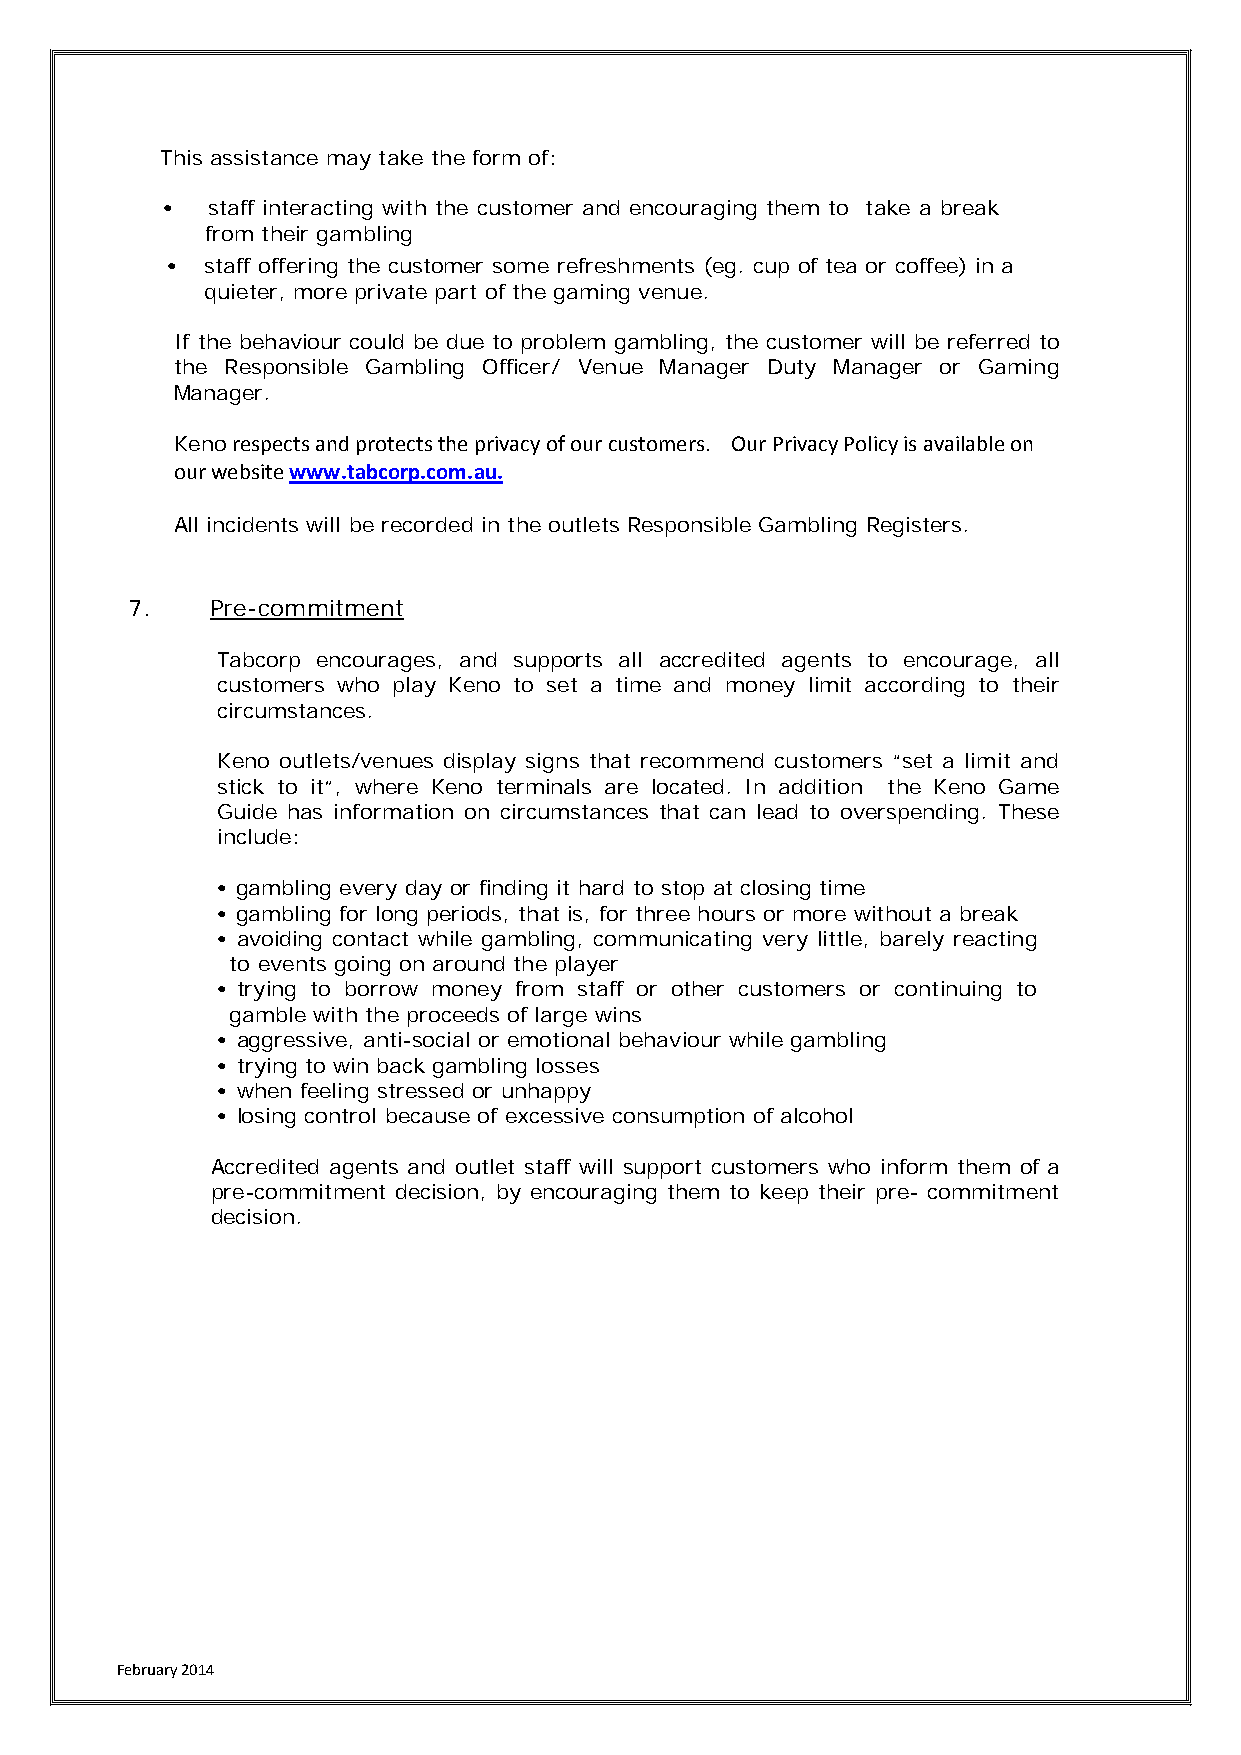
This assistance may take the form of:
 •  staff interacting with the customer and encouraging them to take a break
 from their gambling
 •  staff offering the customer some refreshments (eg. cup of tea or coffee) in a
 quieter, more private part of the gaming venue.
 If the behaviour could be due to problem gambling, the customer will be referred to
 the Responsible Gambling Officer/ Venue Manager Duty Manager or Gaming
 Manager.
 Keno respects and protects the privacy of our customers. Our Privacy Policy is available on
 our website www.tabcorp.com.au.
 All incidents will be recorded in the outlets Responsible Gambling Registers.
 7.    Pre-commitment
 Tabcorp encourages, and supports all accredited agents to encourage, all
 customers who play Keno to set a time and money limit according to their
 circumstances.
 Keno outlets/venues display signs that recommend customers “set a limit and
 stick to it”, where Keno terminals are located. In addition the Keno Game
 Guide has information on circumstances that can lead to overspending. These
 include:
 • gambling every day or finding it hard to stop at closing time
 • gambling for long periods, that is, for three hours or more without a break
 • avoiding contact while gambling, communicating very little, barely reacting
 to events going on around the player
 • trying to borrow money from staff or other customers or continuing to
 gamble with the proceeds of large wins
 • aggressive, anti-social or emotional behaviour while gambling
 • trying to win back gambling losses
 • when feeling stressed or unhappy
 • losing control because of excessive consumption of alcohol
 Accredited agents and outlet staff will support customers who inform them of a
 pre-commitment decision, by encouraging them to keep their pre- commitment
 decision.
 February 2014